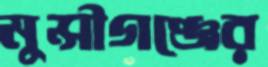
মুন্সীগঞ্জের